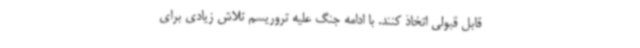
قابل قبولی اتخاذ کنند. با ادامه جنگ علیه تروریسم تلاش زیادی برای